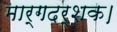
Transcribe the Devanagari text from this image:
मार्गदर्शक।